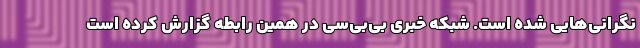
نگرانی‌هایی شده است. شبکه خبری بی‌بی‌سی در همین رابطه گزارش کرده است